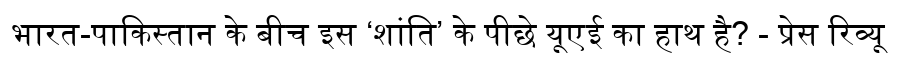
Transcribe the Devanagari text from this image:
भारत-पाकिस्तान के बीच इस ‘शांति’ के पीछे यूएई का हाथ है? - प्रेस रिव्यू